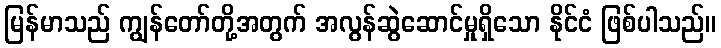
မြန်မာသည် ကျွန်တော်တို့အတွက် အလွန်ဆွဲဆောင်မှုရှိသော နိုင်ငံ ဖြစ်ပါသည်။